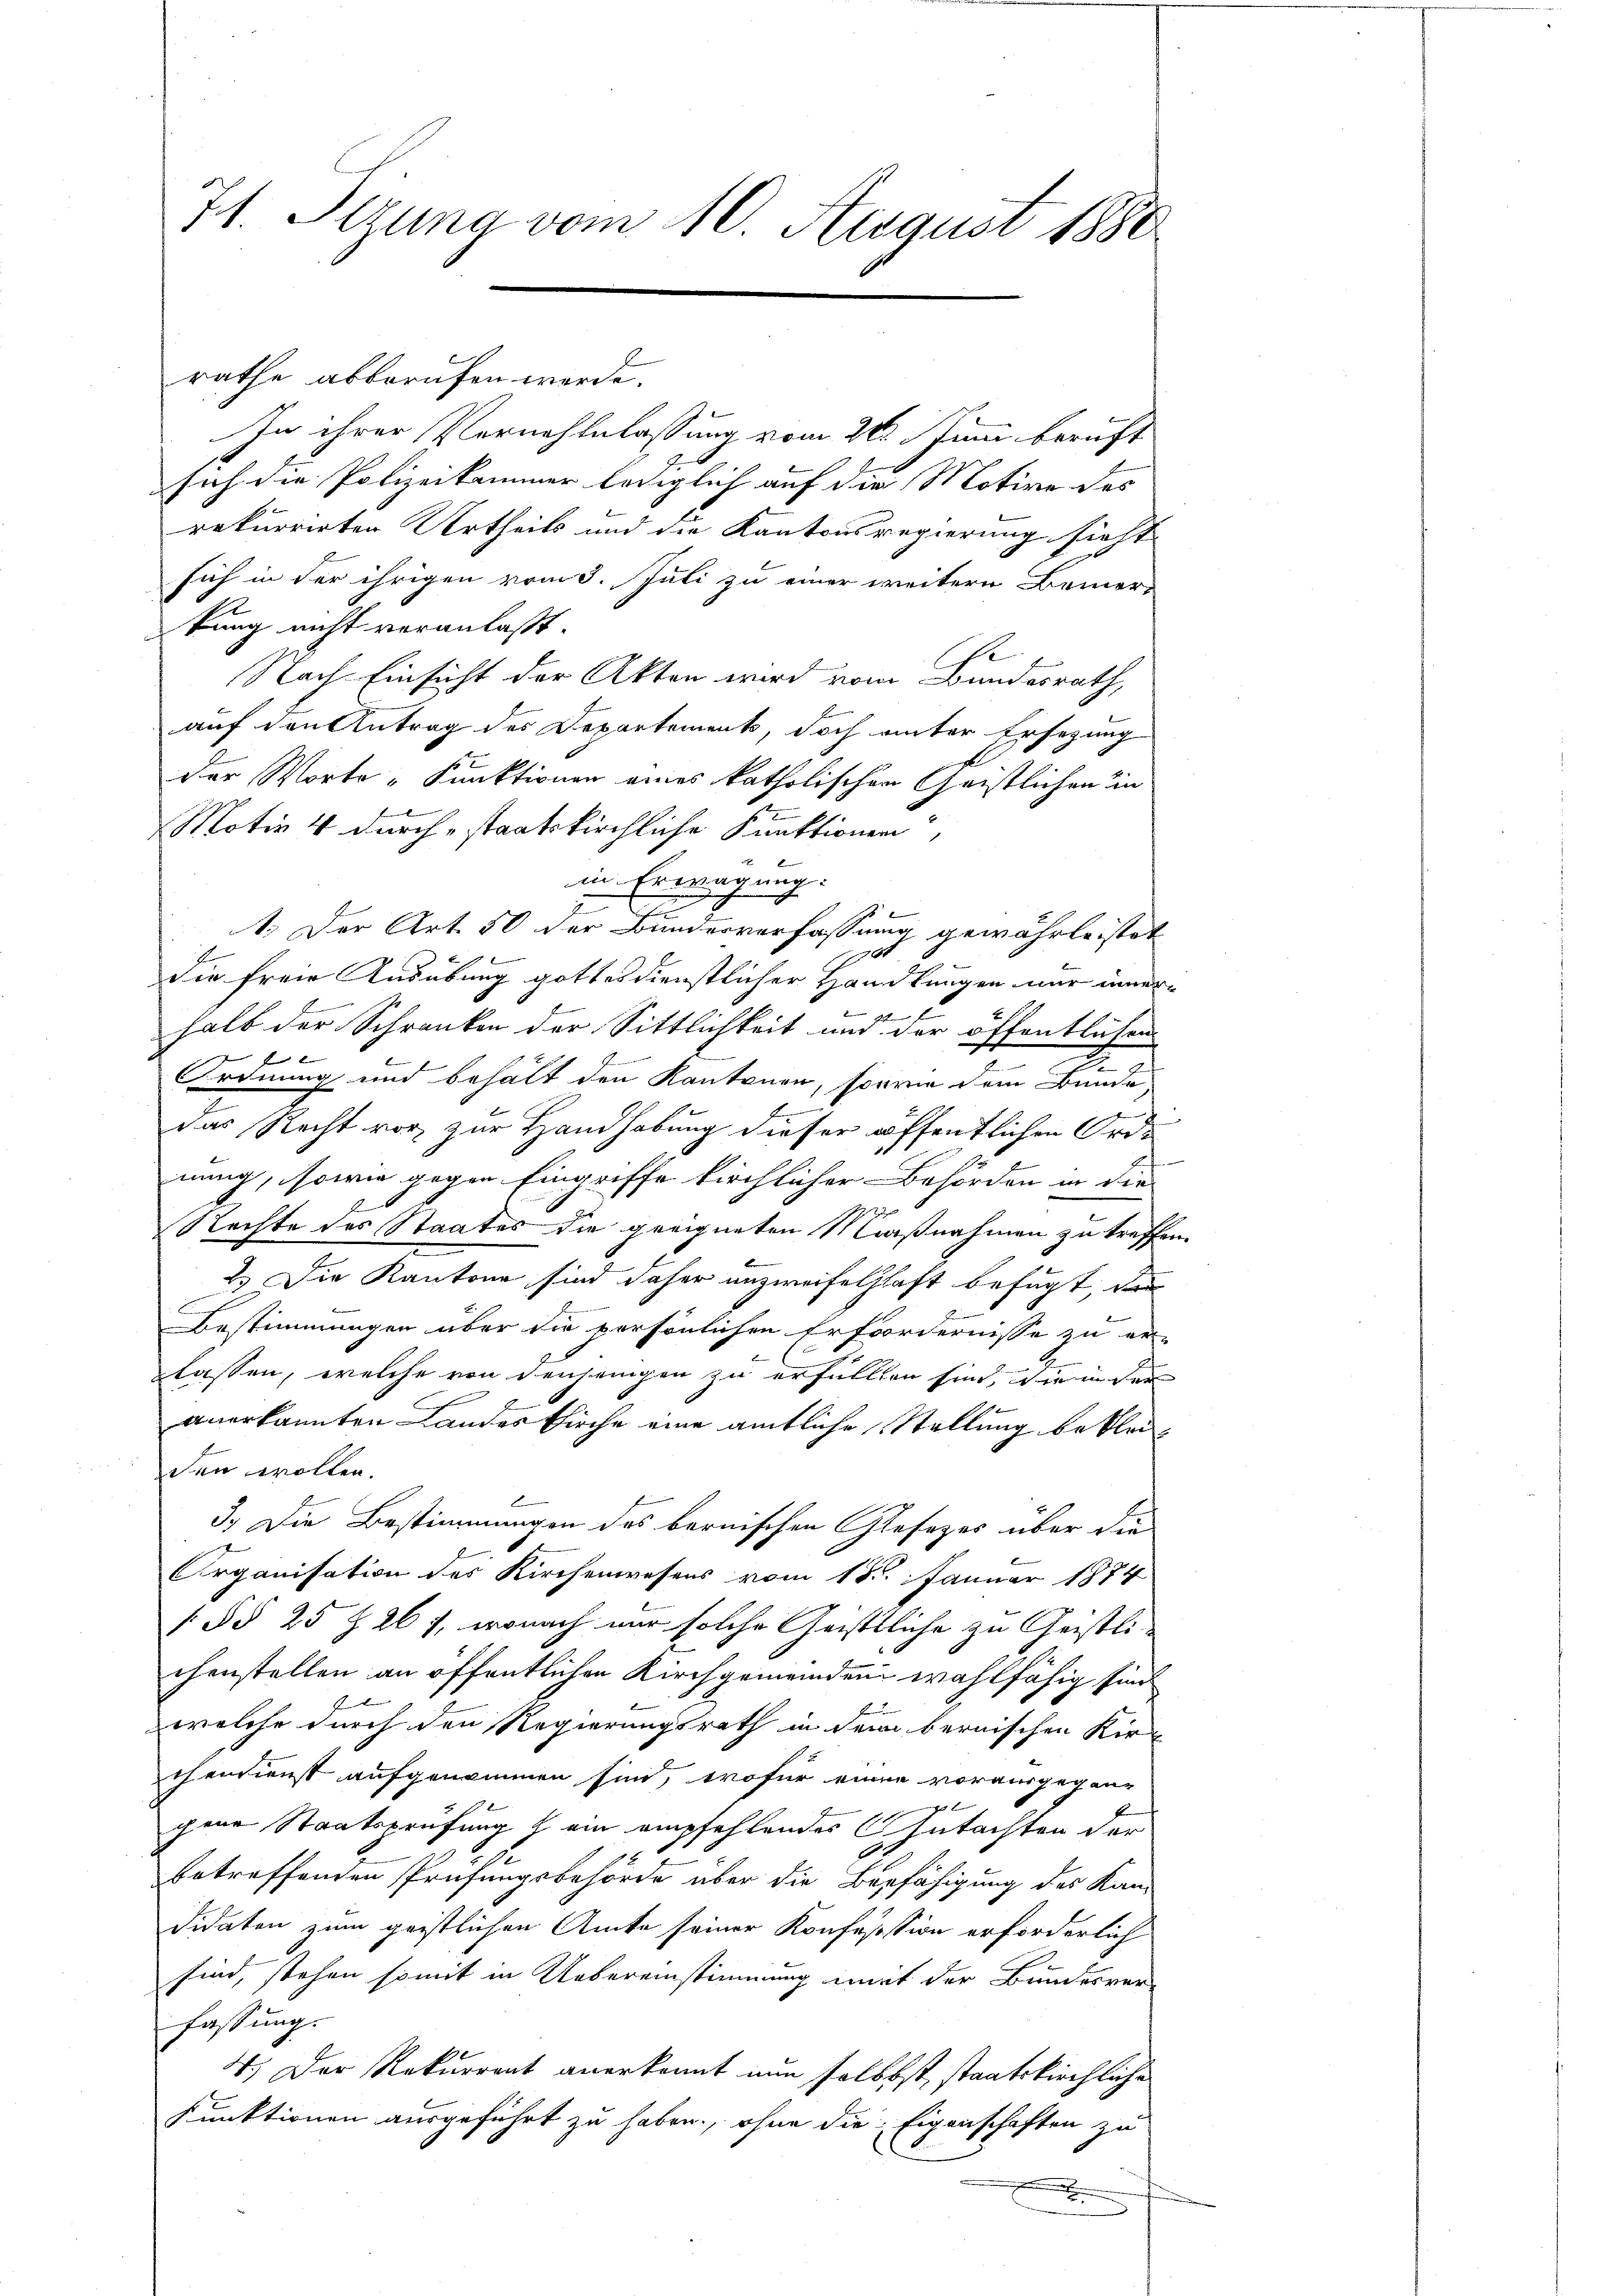
71. Sizung vom 10. August 1880

rathe abberufen werde.

In ihrer Vernehmlassung vom 26. Juni beruft
sich die Polizeikammer lediglich auf die Motive des
rekurrirten Urtheils und die Kantonsregierung sicht
sich in der ihrigen vom 3. Juli zu einer weitere Bemer-
kung nicht veranlasst.
Ee
Nach Einsicht der Akten wird vom Bundesrath,
auf den Antrag des Departements, doch unter Ersezung
der Worte „Kunktionen eines katholischen Geistlichen in
Motiv 4 durch staatskirchliche Funktionen,
in Erwägung:
1.) Der Art. 50 der Bundesverfassung gewährleistet
t
E

dir freie Ausübung gottesdienstlicher Handlungen nur inner-
 f
halt der Schranken der Sittlichkeit und der öffentlichen

2
Ordnung und behält den Kantonen, sowie dem Bunde,
1
m
das Recht vor zur Handhabung dieser öffentlichen Ordnung, sowie gegen Eingriffe kirchlicher Behörden in die
27
Rechte des Staates die geeigneten Maaßnahmen zu treffen.
2.) Die Kantone sind daher anzweifelhaft befugt, da
Bestimmungen über die persönlichen Erfordernisse zu er-
lassen, welche von denjenigen zu erfüllten sind, die in der
E
anerkannten Landes Kirche eine amtliche Stellung bekleiden wollen.
3.) Die Bestimmungen des bernischen Gesezes über die
Organisation des Kirchenwesens vom 15. Januar 1874
(§§ 25 § 267, wonach mir solche Geistliche zu Geistli-
chenstellen an öffentlichen Kirchgemeinden wahlfähig sind
B
welche durch den Regierungsrath in dem bernischen Kirchendienst aufgenommen sind, wofür einen vorausgegene
gene Staatsprüfung & ein empfehlendes Gutachten der
betreffenden Prüfungsbehörde über die Berfähigung des Kan-
didaten zum geistlichen Amte seiner Konfession erforderlich
sind, stehen somit in Uebereinstimmung mit der Bundesver-
fassung.
4.) Der Rekurrent anerkannt nun selbst, staatskirchliche
Funktionen ausgeführt zu haben, ohne die Eigenschaften zu